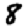
Digit: 8